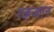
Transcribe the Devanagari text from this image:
रक्तजनन